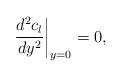
LaTeX: \begin{align*}\left . {d^{2}c_{l}\over dy^{2}} \right |_{y=0}=0,\end{align*}